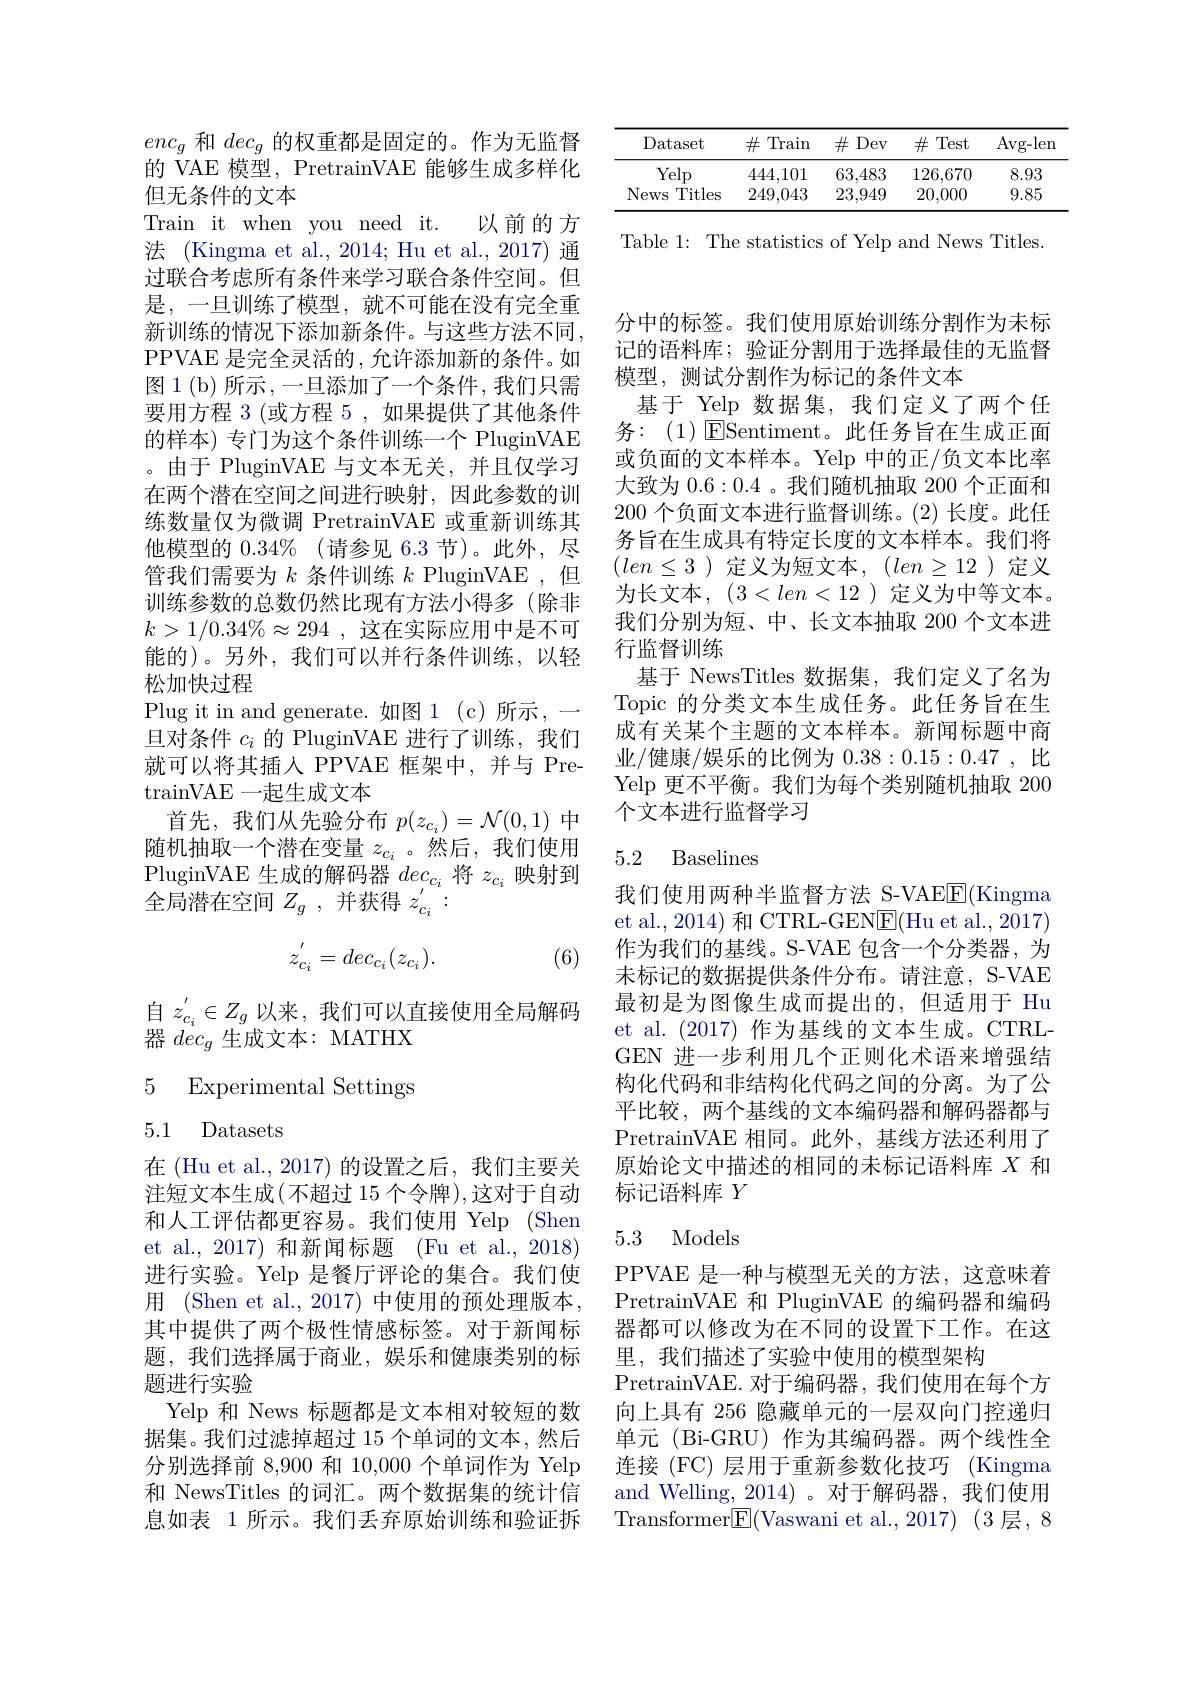
$enc_g$和$dec_g$的权重都是固定的。作为无监督的 VAE 模型，PretrainVAE 能够生成多样化但无条件的文本
Train it when you need it. 以前的方法 (Kingma et al., 2014; Hu et al., 2017) 通过联合考虑所有条件来学习联合条件空间。但是，一旦训练了模型，就不可能在没有完全重新训练的情况下添加新条件。与这些方法不同， PPVAE 是完全灵活的，允许添加新的条件。如图 1 (b) 所示 ,一旦添加了一个条件，我们只需要用方程 3 (或方程 5 , 如果提供了其他条件的样本) 专门为这个条件训练一个 PluginVAE 。由于 PluginVAE 与文本无关，并且仅学习在两个潜在空间之间进行映射，因此参数的训练数量仅为微调 PretrainVAE 或重新训练其他模型的 0.34%(请参见 6.3 节)。此外，尽管我们需要为$k$条件训练$k$ PluginVAE ,但训练参数的总数仍然比现有方法小得多(除非$k> 1/ 0. 34\% \approx 294$ ,这在实际应用中是不可能的)。另外，我们可以并行条件训练，以轻松加快过程
Plug it in and generate. 如图 1 (c)所示，一旦对条件$c_i$的 PluginVAE 进行了训练，我们就可以将其插人 PPVAE 框架中，并与 Pre- $\operatorname{trainVAE}$一起生成文本
首先，我们从先验分布$p(z_{c_i})=\mathcal{N}(0,1)$中随机抽取一个潜在变量$z_{c_i}$ 。然后，我们使用PluginVAE 生成的解码器$dec_{c_i}$将$z_{c_i}$映射到全局潜在空间$Z_g$ , 并获得$z_c_i^{^{\prime}}:$
$$z_{c_i}^{'}=dec_{c_i}(z_{c_i}).$$
(6)

自$z_{c_i}^{\prime}\in Z_g$以来，我们可以直接使用全局解码
器$dec_g$生成文本：MATHX

5 Experimental Settings
5.1 Datasets

在 (Hu et al., 2017) 的设置之后，我们主要关注短文本生成(不超过 15 个令牌),这对于自动和人工评估都更容易。我们使用 Yelp (Shen et al.,2017) 和新闻标题 (Fu et al., 2018) 进行实验。Yelp 是餐厅评论的集合。我们使用 (Shen et al.,2017) 中使用的预处理版本， 其中提供了两个极性情感标签。对于新闻标题，我们选择属于商业，娱乐和健康类别的标题进行实验
Yelp 和 News 标题都是文本相对较短的数据集。我们过滤掉超过 15 个单词的文本，然后分别选择前 8,900 和 10,000 个单词作为 Yelp 和 NewsTitles 的词汇。两个数据集的统计信息如表 1 所示。我们丢弃原始训练和验证拆

<table>
	<tbody>
		<tr>
			<th>Dataset</th>
			<th>$\#$ Train</th>
			<th>$\#$Dev</th>
			<th>$\#$Test</th>
			<th>Avg-len</th>
		</tr>
		<tr>
			<td>Yelp</td>
			<td>444,101</td>
			<td>63,483</td>
			<td>126,670</td>
			<td>8.93</td>
		</tr>
		<tr>
			<td>News Titles</td>
			<td>249,043</td>
			<td>23,949</td>
			<td>20,000</td>
			<td>9.85</td>
		</tr>
	</tbody>
</table>

Table 1: The statistics of Yelp and News Titles.

分中的标签。我们使用原始训练分割作为未标记的语料库；验证分割用于选择最佳的无监督模型，测试分割作为标记的条件文本
基于 Yelp 数据集，我们定义了两个任务：(1) ${\mathrm{ESentiment}}$。此任务旨在生成正面或负面的文本样本。Yelp 中的正/负文本比率大致为0.6:0.4 。我们随机抽取 200 个正面和200 个负面文本进行监督训练。(2)长度。此任务旨在生成具有特定长度的文本样本。我们将$(len\leq3)$定义为短文本，$(len\geq12)$定义为长文本，$(3<len<12$)定义为中等文本。我们分别为短、中、长文本抽取 200 个文本进行监督训练
基于 NewsTitles 数据集，我们定义了名为Topic 的分类文本生成任务。此任务旨在生成有关某个主题的文本样本。新闻标题中商业/健康/娱乐的比例为0.38:0.15:0.47 ,比Yelp 更不平衡。我们为每个类别随机抽取 200个文本进行监督学习

## 5.2 Baselines

我们使用两种半监督方法 S-VAEE(Kingma et al.,2014) 和 CTRL-GEN$\boxed{\mathrm{F}}($Hu et al.,2017) 作为我们的基线。S-VAE 包含一个分类器，为未标记的数据提供条件分布。请注意，S-VAE 最初是为图像生成而提出的，但适用于 Hu et al. (2017)作为基线的文本生成。CTRLGEN 进一步利用几个正则化术语来增强结构化代码和非结构化代码之间的分离。为了公平比较，两个基线的文本编码器和解码器都与PretrainVAE 相同。此外，基线方法还利用了原始论文中描述的相同的未标记语料库$X$和标记语料库$Y$

## 5.3 Models

PPVAE 是一种与模型无关的方法，这意味着PretrainVAE 和 PluginVAE 的编码器和编码器都可以修改为在不同的设置下工作。在这里，我们描述了实验中使用的模型架构
PretrainVAE. 对于编码器，我们使用在每个方向上具有 256 隐藏单元的一层双向门控递归单元(Bi-GRU)作为其编码器。两个线性全连接 (FC) 层用于重新参数化技巧 (Kingma and Welling, 2014)。对于解码器，我们使用Transformer$\boxed{\mathrm{E}}($Vaswani et al.,2017)(3层，8